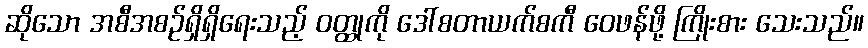
ဆိုသော အစီအစဉ်ရှိရှိရေးသည့် ဝတ္ထုကို ဒေါ်စတာယက်စကီ ဝေဖန်ဖို့ ကြိုးစား သေးသည်။